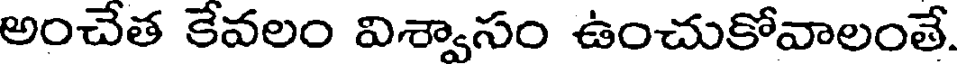
అంచేత కేవలం విశ్వాసం ఉంచుకోవాలంతే.